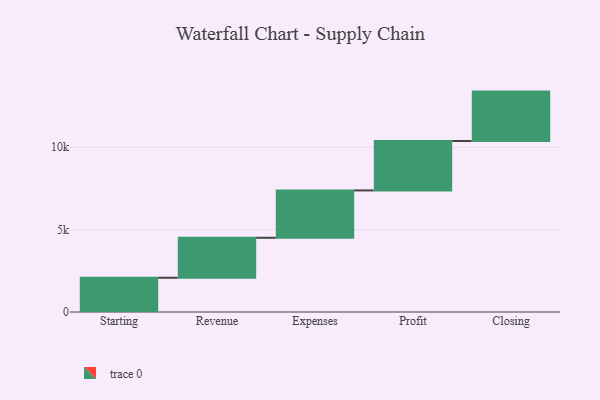
{"axis": {"x": "Step", "y": "Value"}, "legend": [""], "data": [{"x": "Starting", "y": 2079.0, "type": ""}, {"x": "Revenue", "y": 2427.0, "type": ""}, {"x": "Expenses", "y": 2874.0, "type": ""}, {"x": "Profit", "y": 3000, "type": ""}, {"x": "Closing", "y": 3000, "type": ""}]}